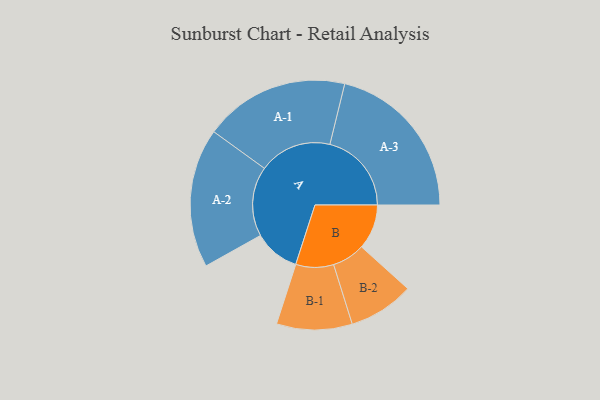
{"axis": {"x": "Segment", "y": "Value"}, "legend": ["", "A", "B"], "data": [{"x": "A", "y": 154, "type": ""}, {"x": "B", "y": 151, "type": ""}, {"x": "A-1", "y": 244, "type": "A"}, {"x": "A-2", "y": 234, "type": "A"}, {"x": "A-3", "y": 274, "type": "A"}, {"x": "B-1", "y": 127, "type": "B"}, {"x": "B-2", "y": 110, "type": "B"}]}